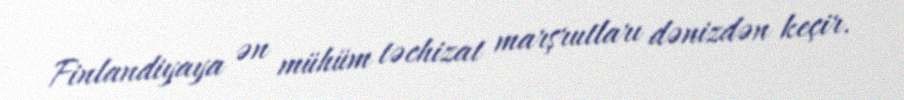
Finlandiyaya ən mühüm təchizat marşrutları dənizdən keçir.